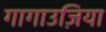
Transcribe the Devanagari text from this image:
गागाउज़िया